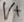
Text: V+